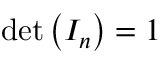
\operatorname* { d e t } \left( I _ { n } \right) = 1